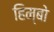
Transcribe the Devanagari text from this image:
हिम्बो